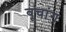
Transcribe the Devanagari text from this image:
वूचांग